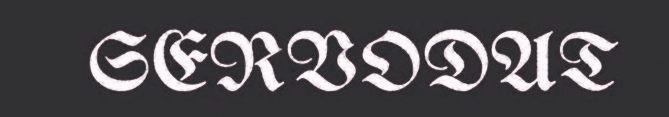
SERVODAT